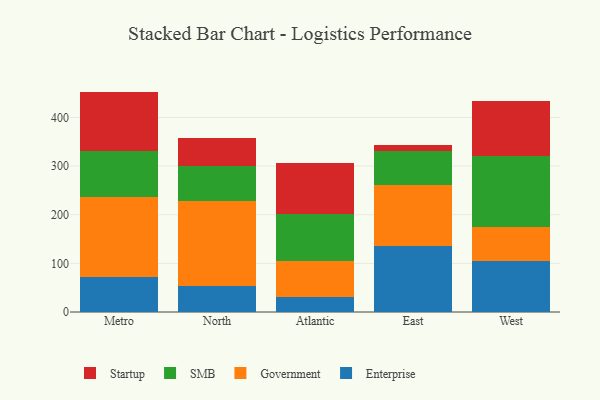
{"axis": {"x": "Region", "y": "Population (Million)"}, "legend": ["Enterprise", "Government", "SMB", "Startup"], "data": [{"x": "Metro", "y": 73.0, "type": "Enterprise"}, {"x": "Metro", "y": 164.2, "type": "Government"}, {"x": "Metro", "y": 94.1, "type": "SMB"}, {"x": "Metro", "y": 122.0, "type": "Startup"}, {"x": "North", "y": 54.1, "type": "Enterprise"}, {"x": "North", "y": 174.2, "type": "Government"}, {"x": "North", "y": 72.9, "type": "SMB"}, {"x": "North", "y": 57.5, "type": "Startup"}, {"x": "Atlantic", "y": 30.6, "type": "Enterprise"}, {"x": "Atlantic", "y": 75.0, "type": "Government"}, {"x": "Atlantic", "y": 96.5, "type": "SMB"}, {"x": "Atlantic", "y": 103.7, "type": "Startup"}, {"x": "East", "y": 135.2, "type": "Enterprise"}, {"x": "East", "y": 125.0, "type": "Government"}, {"x": "East", "y": 70.2, "type": "SMB"}, {"x": "East", "y": 13.1, "type": "Startup"}, {"x": "West", "y": 104.0, "type": "Enterprise"}, {"x": "West", "y": 71.5, "type": "Government"}, {"x": "West", "y": 144.9, "type": "SMB"}, {"x": "West", "y": 114.1, "type": "Startup"}]}